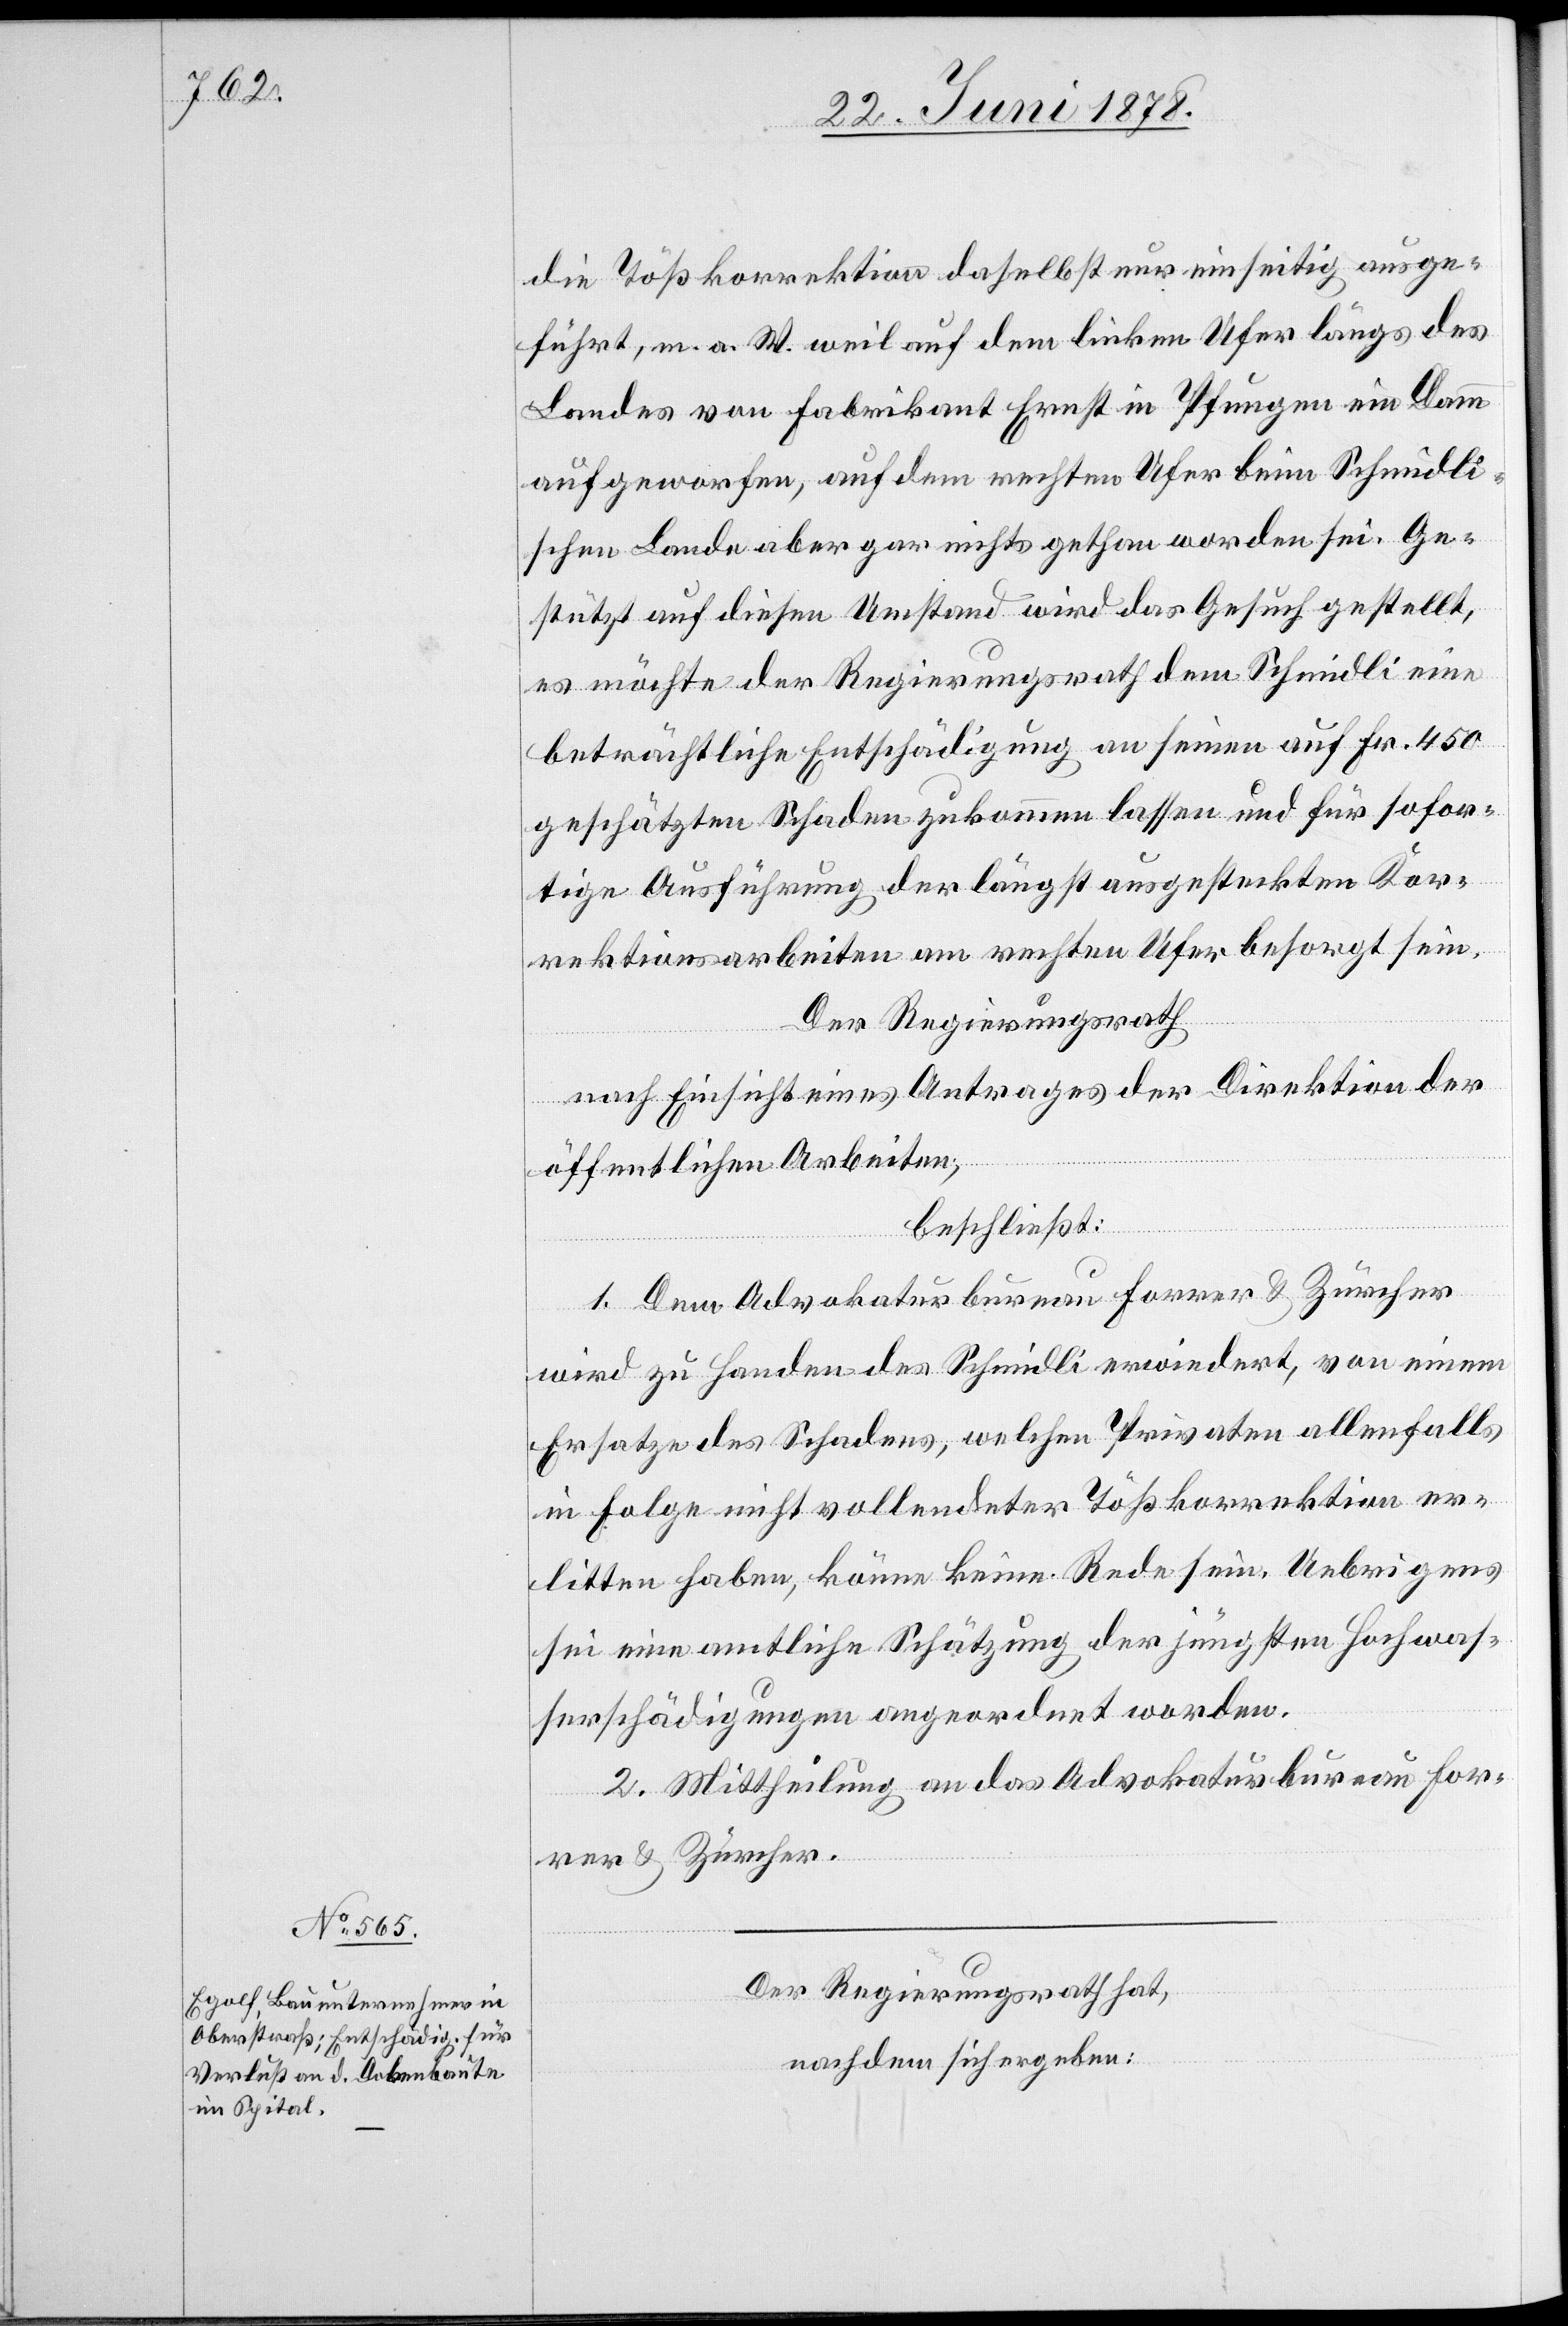
die Tößkorrektion daselbst nur einseitig ausge¬
führt, m. a. W. weil auf dem linken Ufer längs des
Landes von Fabrikant Ernst in Pfungen ein Damm
aufgeworfen, auf dem rechten Ufer beim Schmidli¬
schen Lande aber gar nichts gethan worden sei. Ge¬
stützt auf diesen Umstand wird das Gesuch gestellt,
es möchte der Regierungsrath dem Schmidli eine
beträchtliche Entschädigung an seinen auf Fr. 450
geschätzten Schaden zukommen lassen und für sofor¬
tige Ausführung der längst ausgesteckten Kor¬
rektionsarbeiten am rechten Ufer besorgt sein.
Der Regierungsrath
nach Einsicht eines Antrages eines Antrages der Direktion der
öffentlichen Arbeiten,
beschließt:
1. Dem Advokaturbureau Forrer & Zürcher
wird zu Handen des Schmidli erwiedert, von einem
Ersatze des Schadens, welchen Privaten [sic!] allenfalls
in Folge nicht vollendeter Tößkorrektion er¬
litten haben, könne keine Rede sein. Uebrigens
sei eine amtliche Schätzung der jüngsten Hochwas¬
serschädigungen angeordnet worden.
2. Mittheilung an das Advokaturbureau For¬
rer & Zürcher.
Der Regierungsrath hat,
nachdem sich ergeben: